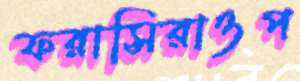
ফরাসিরাওপ